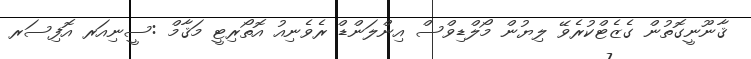
ޤާނޫނީގޮތުން ގެޒެޓްކުރެވޭ ލިޔުން މޯލްޑިވްސް އިންލަންޑް ރެވެނިއު އޮތޯރިޓީ މަޤާމް :ސީނިއަރ އޮފިސަރ